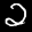
Label: 2